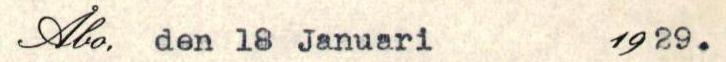
Åbo, den 18 Januari 19 29.